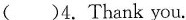
()4.Thank you.